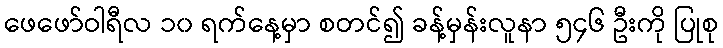
ဖေဖော်ဝါရီလ ၁၀ ရက်နေ့မှာ စတင်၍ ခန့်မှန်းလူနာ ၅၄၆ ဦးကို ပြုစု